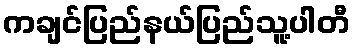
ကချင်ပြည်နယ်ပြည်သူ့ပါတီ